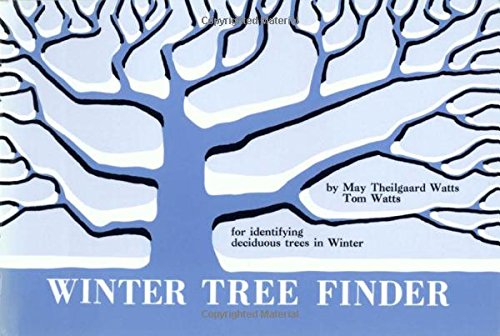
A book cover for Winter Tree Finder: A Manual for Identifying Deciduous Trees in Winter (Eastern US) (Nature Study Guides); May T. Watts; Science & Math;